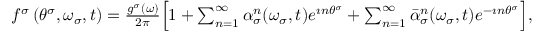
\begin{array} { r } { f ^ { \sigma } \left( \theta ^ { \sigma } , \omega _ { \sigma } , t \right) = \frac { g ^ { \sigma } ( \omega ) } { 2 \pi } \Big [ 1 + \sum _ { n = 1 } ^ { \infty } \alpha _ { \sigma } ^ { n } ( \omega _ { \sigma } , t ) e ^ { \imath n \theta ^ { \sigma } } + \sum _ { n = 1 } ^ { \infty } \bar { \alpha } _ { \sigma } ^ { n } ( \omega _ { \sigma } , t ) e ^ { - \imath n \theta ^ { \sigma } } \Big ] , } \end{array}